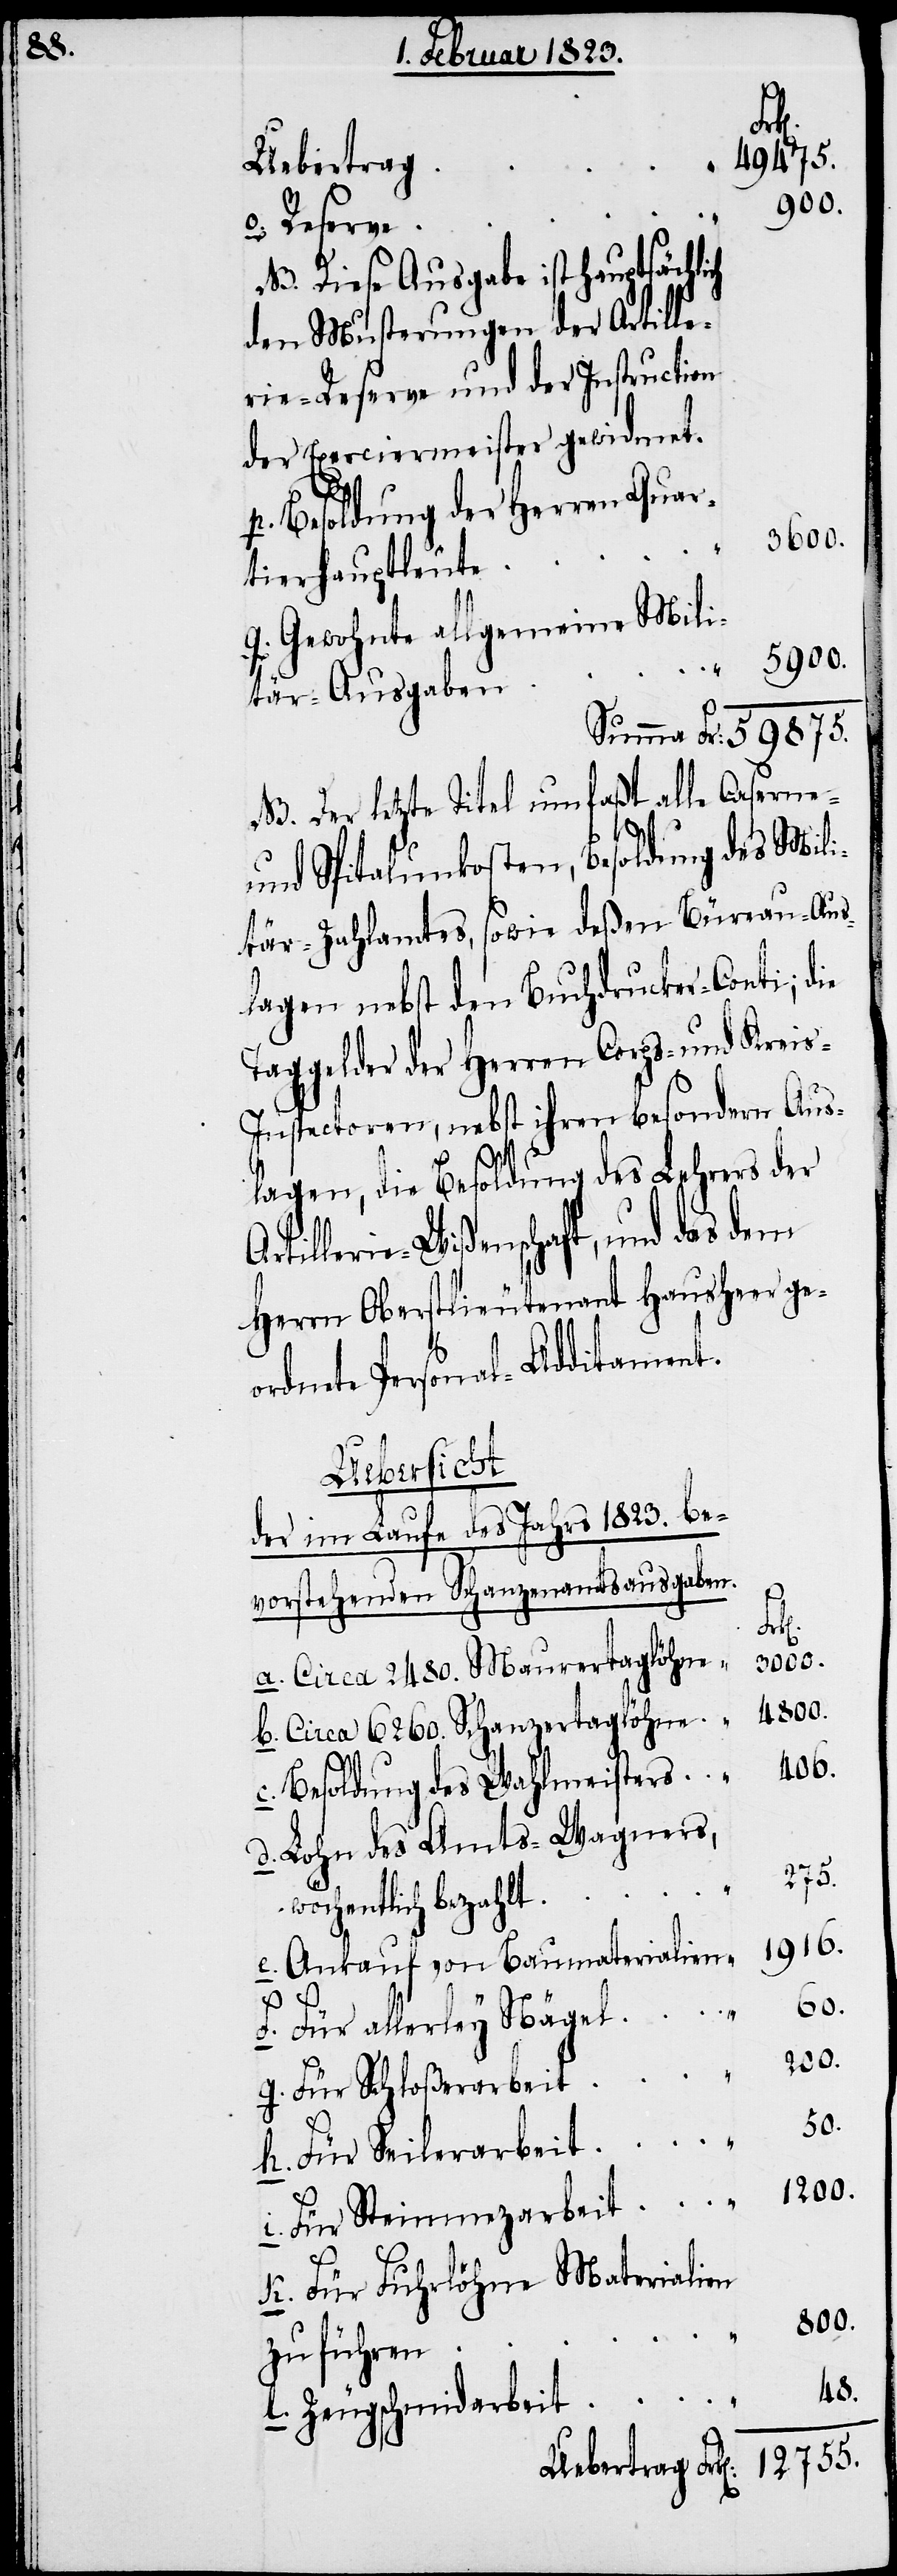
Fr:
59875.
Uebertrag
900.
o. Reserve
NB. Diese Ausgabe ist hauptsächlich
den Musterungen der Artille¬
rie-Reserve und der Instruction
der Exerciermeister gewidmet.
p. Besoldung der Herren Quar¬
tierhauptleute
q. Gewohnte allgemeine Mili¬
5900.
tär-Ausgaben
NB. Der letzte Titel umfaßt alle Caserne-
und Spitalunkosten, Besoldung des Mili¬
tär-Zahlamtes, sowie deßen Büreau-Aus¬
lagen nebst den Buchdrucker-Conti; die
Taggelder der Herren Corps- und Krei¬
s-Inspectoren, nebst ihren besondern Aus¬
lagen, die Besoldung des Lehrers der
illerie-Wißenschaft, und das dem
Herrn Oberstlieutenant Hausheer ge¬
ordnete Personal-Additament.
Uebersicht
der im Laufe des Jahrs 1823. be¬
vorstehenden Schanzenamtsausgaben.
Art¬
3000.
a. Circa 2480. Maurertaglöhne
b. Circa 6260. Schanzertaglöhne
4800.
c. Besoldung des Wahlmeisters
d. Lohn des Amts-Wagners,
275.
wöchentlich bezahlt
1916.
e. Ankauf von Baumaterialien
1200.
F. Für allerley Nägel
g. Für Schloßerarbeit
50.
i. Für Steinmezarbeit
K. Für Fuhrlöhne Materialien
800.
zu führen
48.
l. Zeugschmidarbeit
12755.